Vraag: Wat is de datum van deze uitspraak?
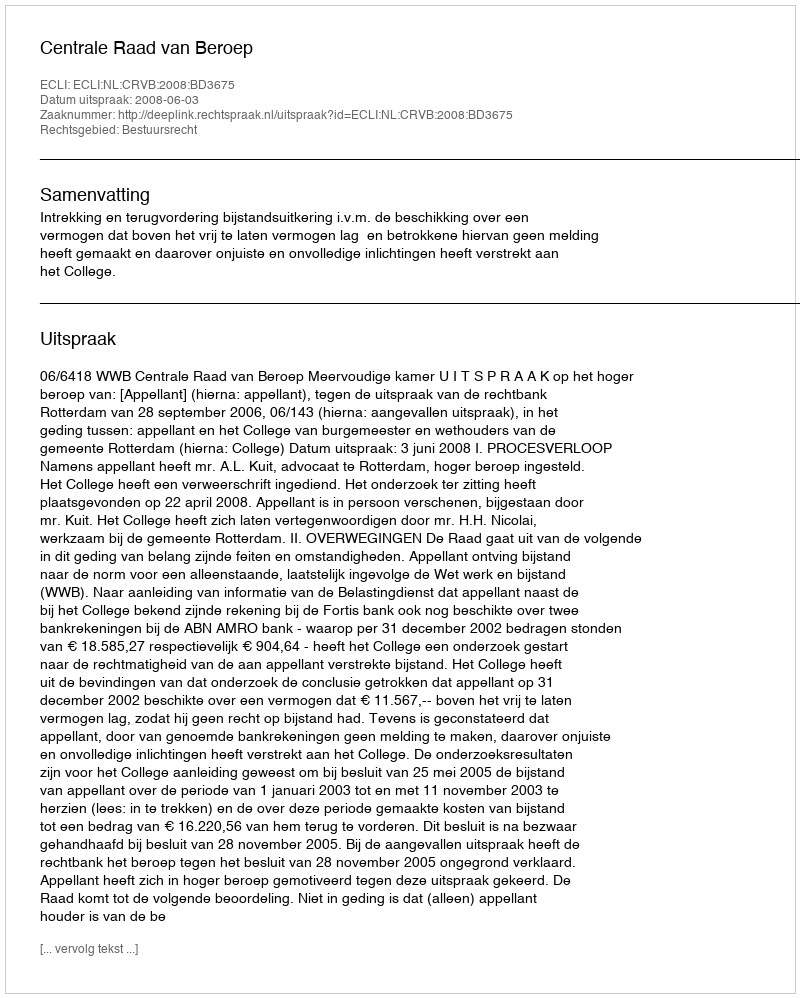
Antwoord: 2008-06-03